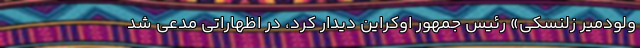
ولودمیر زلنسکی» رئیس جمهور اوکراین دیدار کرد، در اظهاراتی مدعی شد